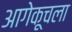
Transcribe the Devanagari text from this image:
आगेकूचला